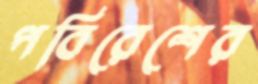
পবিরেশের